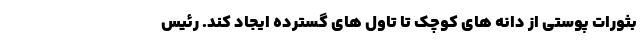
بثورات پوستی از دانه های کوچک تا تاول های گسترده ایجاد کند. رئیس